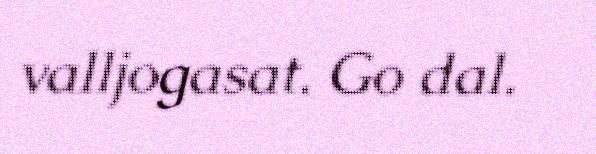
valljogasat. Go dal.